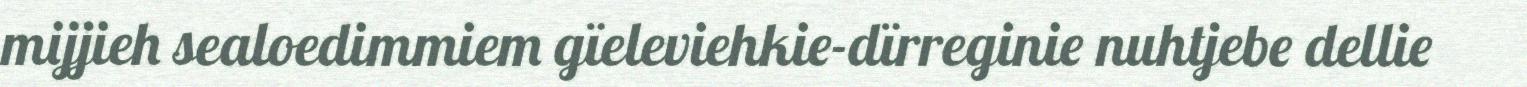
mijjieh sealoedimmiem gïeleviehkie-dïrreginie nuhtjebe dellie